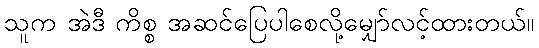
သူက အဲဒီ ကိစ္စ အဆင်ပြေပါစေလို့မျှော်လင့်ထားတယ်။